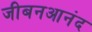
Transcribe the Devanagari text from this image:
जीबनआनंद